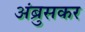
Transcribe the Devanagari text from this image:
अंब्रुसकर